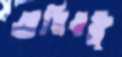
অধিবক্ত্রৃ